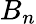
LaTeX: B_{n}